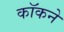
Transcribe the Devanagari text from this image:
कॉकने